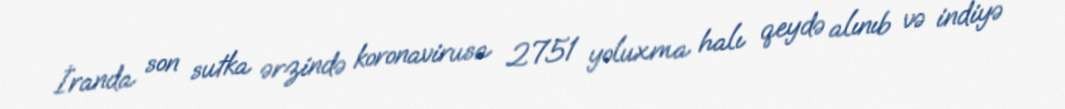
İranda son sutka ərzində koronavirusa 2751 yoluxma halı qeydə alınıb və indiyə